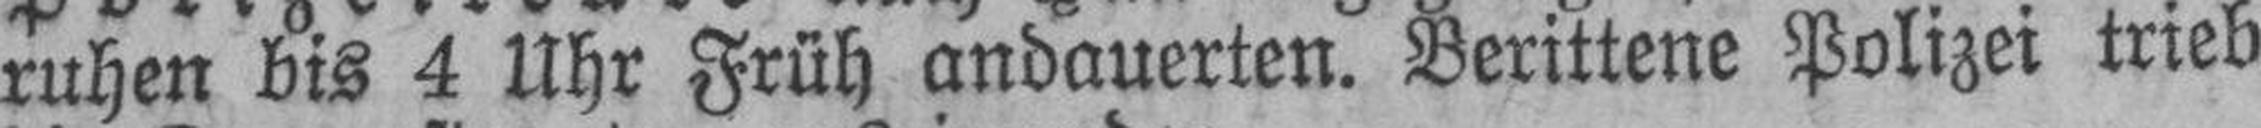
ruhen bis 4 Uhr Früh andauerten. Berittene Polizei trieb